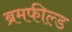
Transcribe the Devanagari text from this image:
ब्रमफील्ड